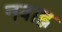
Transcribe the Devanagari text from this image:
नवाह्न